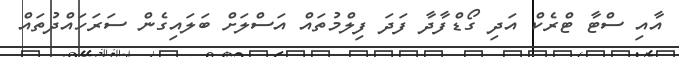
އާއި ސްޓާ ޓްރެކް އަދި ގޯޑްފާދާ ފަދަ ފިލްމުތައް އަސްލަށް ބަލައިގެން ސަރަހައްދުތައް